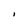
Character: I